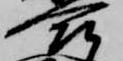
合